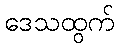
ဒေသထွက်